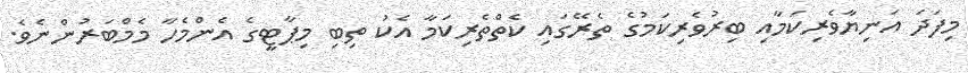
މިފަދަ އަނިޔާވެރިކަމާއި ބިރުވެރިކަމުގެ ތެރޭގައި ކެތްތެރިކަމާ އެކު ތިބި މިޕާޓީގެ އެންމެހާ މެމްބަރުންނެވެ.